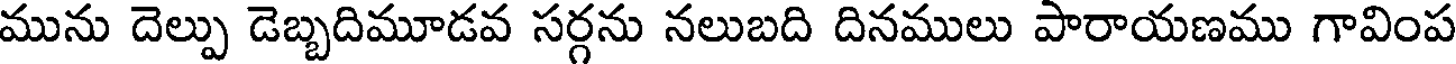
మును దెల్పు డెబ్బదిమూడవ సర్గను నలుబది దినములు పారాయణము గావింప